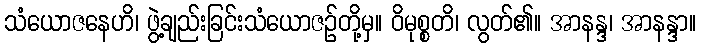
သံယောဇနေဟိ၊ ဖွဲ့ချည်းခြင်းသံယောဇဉ်တို့မှ။ ဝိမုစ္စတိ၊ လွတ်၏။ အာနန္ဒ၊ အာနန္ဒာ။